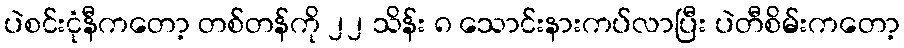
ပဲစင်းငုံနီကတော့ တစ်တန်ကို ၂၂ သိန်း ၈ သောင်းနားကပ်လာပြီး ပဲတီစိမ်းကတော့